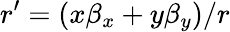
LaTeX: r^{\prime}=(x\beta_{x}+y\beta_{y})/r